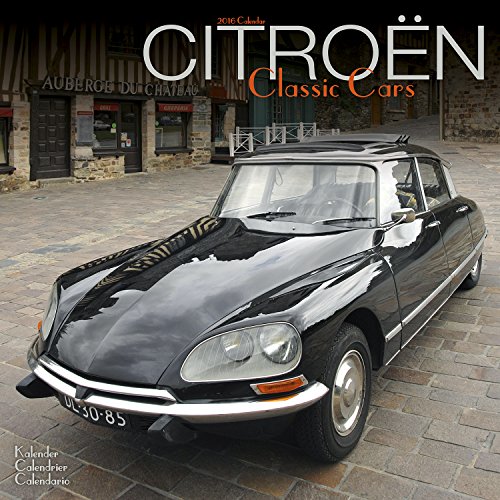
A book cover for Citroen Classic Cars Calendar- 2016 Wall calendars - Car Calendar - Automobile Calendar - Monthly Wall Calendar by Avonside; MegaCalendars; Calendars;